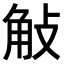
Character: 𧣀